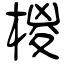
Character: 椶